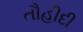
તૌહીદી